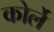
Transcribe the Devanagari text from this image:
कोर्ले